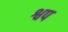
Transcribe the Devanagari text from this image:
श्वप